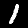
Digit: 1